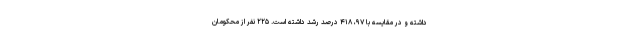
داشته و در مقایسه با ۹۷، ۴۱۸ درصد رشد داشته است. ۲۲۵ نفر از محکومان